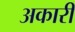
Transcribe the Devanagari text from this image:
अकारी